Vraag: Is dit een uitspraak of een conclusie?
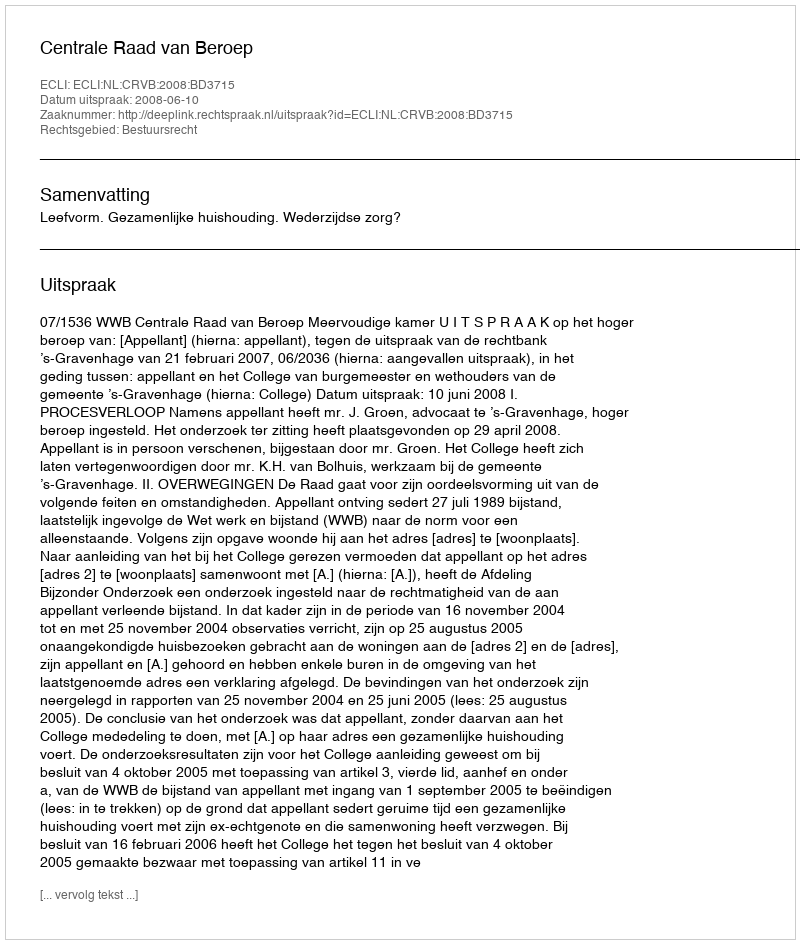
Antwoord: Uitspraak